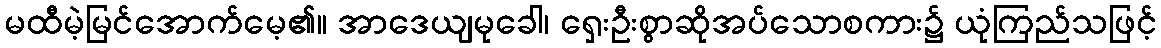
မထီမဲ့မြင်အောက်မေ့၏။ အာဒေယျမုခေါ၊ ရှေးဦးစွာဆိုအပ်သောစကား၌ ယုံကြည်သဖြင့်